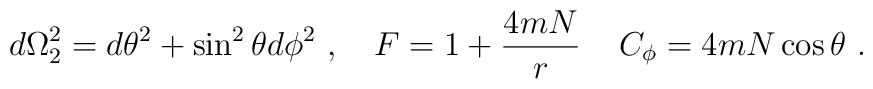
d\Omega_2^2=d\theta^2+\sin^2\theta d\phi^2\ , \quad F=1+{4mN\over r}\,\quad C_\phi=4mN\cos\theta\ .